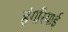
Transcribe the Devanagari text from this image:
हंगरियाई